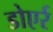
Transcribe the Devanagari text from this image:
डोएर्र